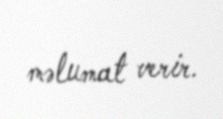
məlumat verir.